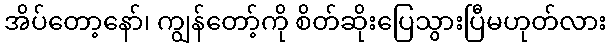
အိပ်တော့နော်၊ ကျွန်တော့်ကို စိတ်ဆိုးပြေသွားပြီမဟုတ်လား